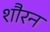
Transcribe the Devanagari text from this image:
शौरन